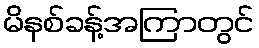
မိနစ်ခန့်အကြာတွင်